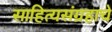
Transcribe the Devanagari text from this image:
साहित्यसंग्रहाचे